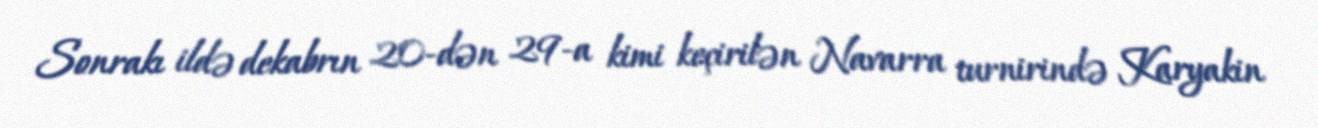
Sonrakı ildə dekabrın 20-dən 29-a kimi keçirilən Navarra turnirində Karyakin